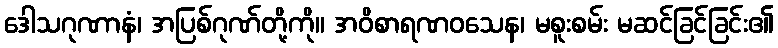
ဒေါသဂုဏာနံ၊ အပြစ်ဂုဏ်တို့ကို။ အဝိစာရဏဝသေန၊ မစူးစမ်း မဆင်ခြင်ခြင်း၏